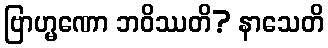
ဗြာဟ္မဏော ဘဝိဿတိ? နာသေတိ